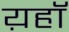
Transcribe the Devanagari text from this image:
य़हॉ